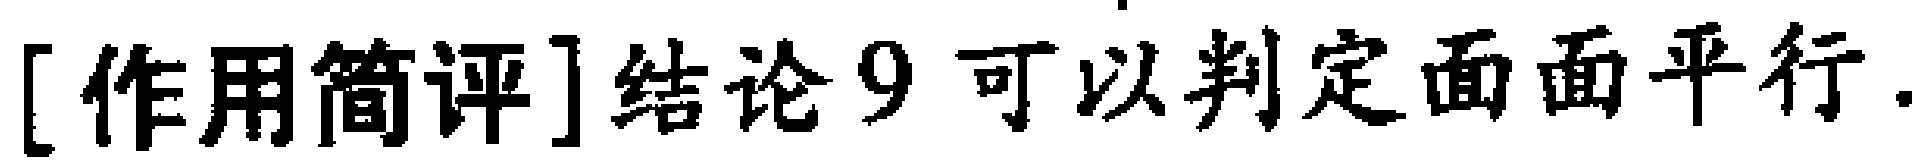
[作用简评]结论9 可以判定面面平行.